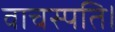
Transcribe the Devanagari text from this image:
वाचस्‍पति।